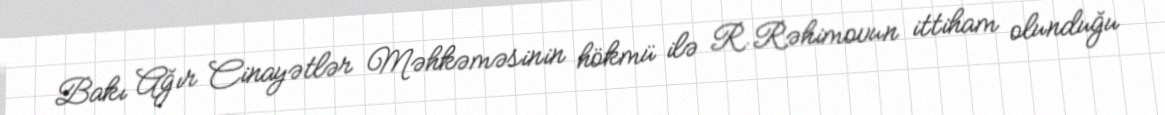
Bakı Ağır Cinayətlər Məhkəməsinin hökmü ilə R.Rəhimovun ittiham olunduğu